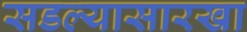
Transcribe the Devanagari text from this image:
सडल्यासारखा